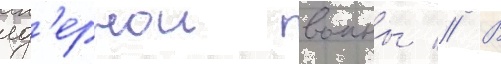
яд'ернои воины // В